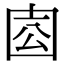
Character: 𡇛